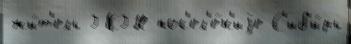
жи́т'ель ГКГН пос'ел'е́н'иjе С'иб'и́рь